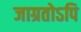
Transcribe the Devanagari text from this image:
जाग्रतोऽपि